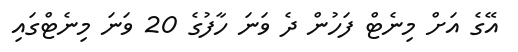
އޭގެ އަށް މިނެޓް ފަހުން ދެ ވަނަ ހާފުގެ 20 ވަނަ މިނެޓްގައި